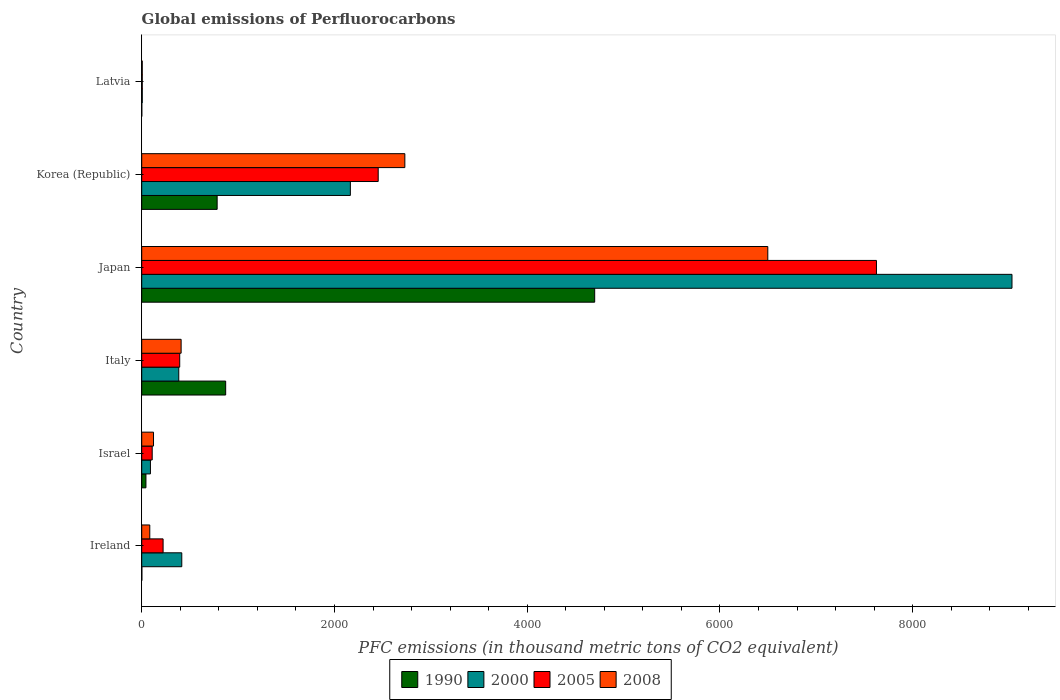
| Country | 1990 | 2000 | 2005 | 2008 |
 | --- | --- | --- | --- | --- |
 | Ireland | 1.4 | 416 | 222 | 83.6 |
 | Israel | 43.8 | 90.5 | 109 | 122 |
 | Italy | 871 | 384 | 394 | 409 |
 | Japan | 4.7e+03 | 9.03e+03 | 7.62e+03 | 6.5e+03 |
 | Korea (Republic) | 783 | 2.16e+03 | 2.45e+03 | 2.73e+03 |
 | Latvia | 0.7 | 5.7 | 5.5 | 5.5 |